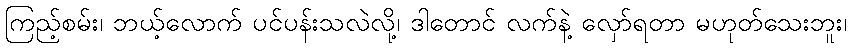
ကြည့်စမ်း၊ ဘယ့်လောက် ပင်ပန်းသလဲလို့၊ ဒါတောင် လက်နဲ့ လှော်ရတာ မဟုတ်သေးဘူး၊